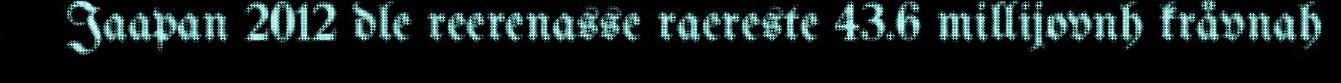
Jaapan 2012 dle reerenasse raereste 43.6 millijovnh kråvnah